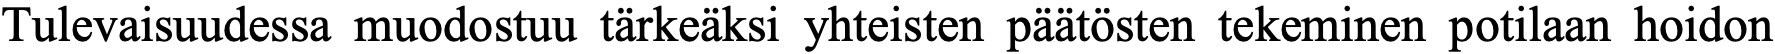
Tulevaisuudessa muodostuu tärkeäksi yhteisten päätösten tekeminen potilaan hoidon